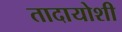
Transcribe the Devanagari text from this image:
तादायोशी